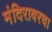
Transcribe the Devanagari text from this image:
मंदिरावरचा